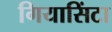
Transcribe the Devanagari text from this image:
गियासिंटा